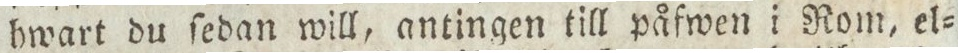
hwart du ſedan will, antingen till påfwen i Rom, el=